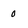
Character: o